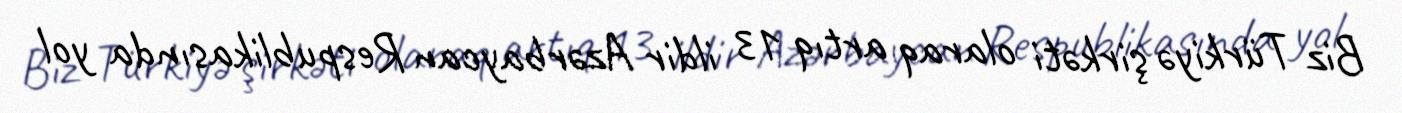
Biz Türkiyə şirkəti olaraq artıq 13 ildir Azərbaycan Respublikasında yol